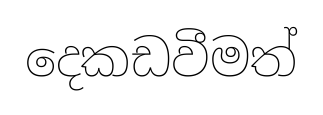
දෙකඩවීමත්